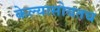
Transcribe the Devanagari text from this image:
केल्यासोबतच